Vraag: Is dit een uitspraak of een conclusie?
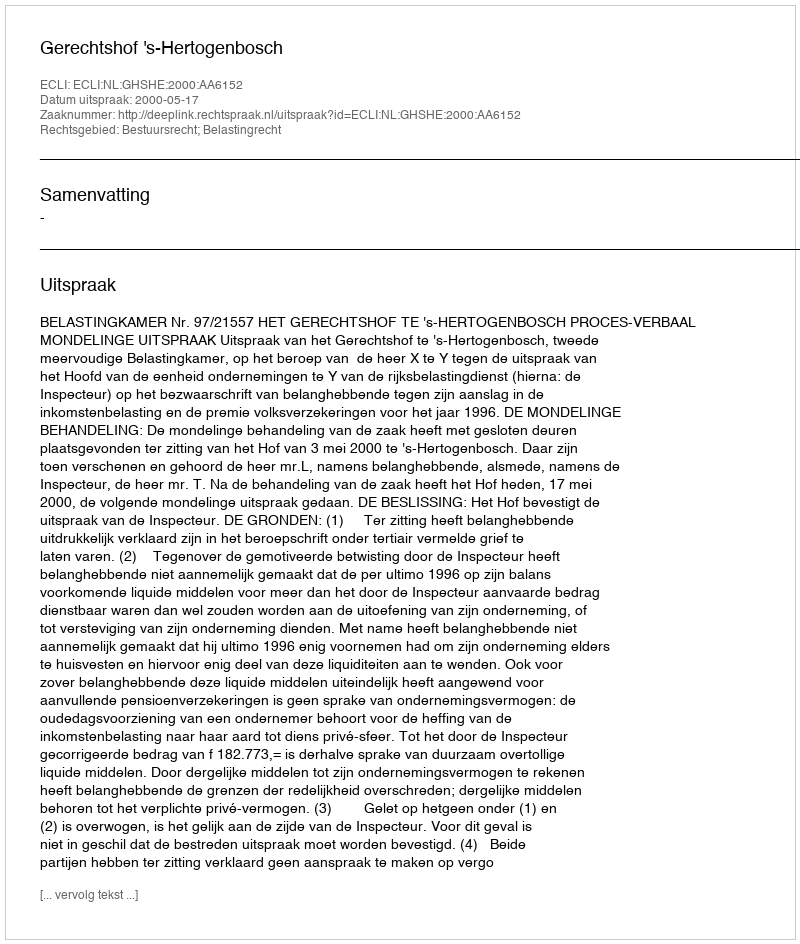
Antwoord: Uitspraak